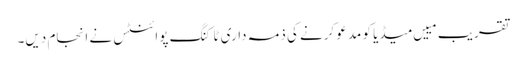
تقریب مییں میڈیا کو مدعو کرنے کی ذمہ داری ٹاکنگ پوائنٹس نے انجام دیں۔